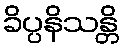
ခိပ္ပနိသန္တိ